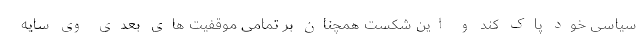
سیاسی خود پاک کند و این شکست همچنان بر تمامی موقفیت های بعدی وی سایه